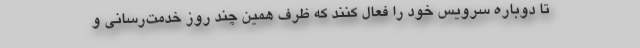
تا دوباره سرویس خود را فعال کنند که ظرف همین چند روز خدمت‌رسانی و